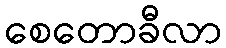
စေတောခီလာ